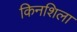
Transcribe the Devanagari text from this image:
किनशिला